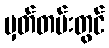
မှတ်တမ်းတွင်